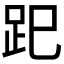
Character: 𧿆